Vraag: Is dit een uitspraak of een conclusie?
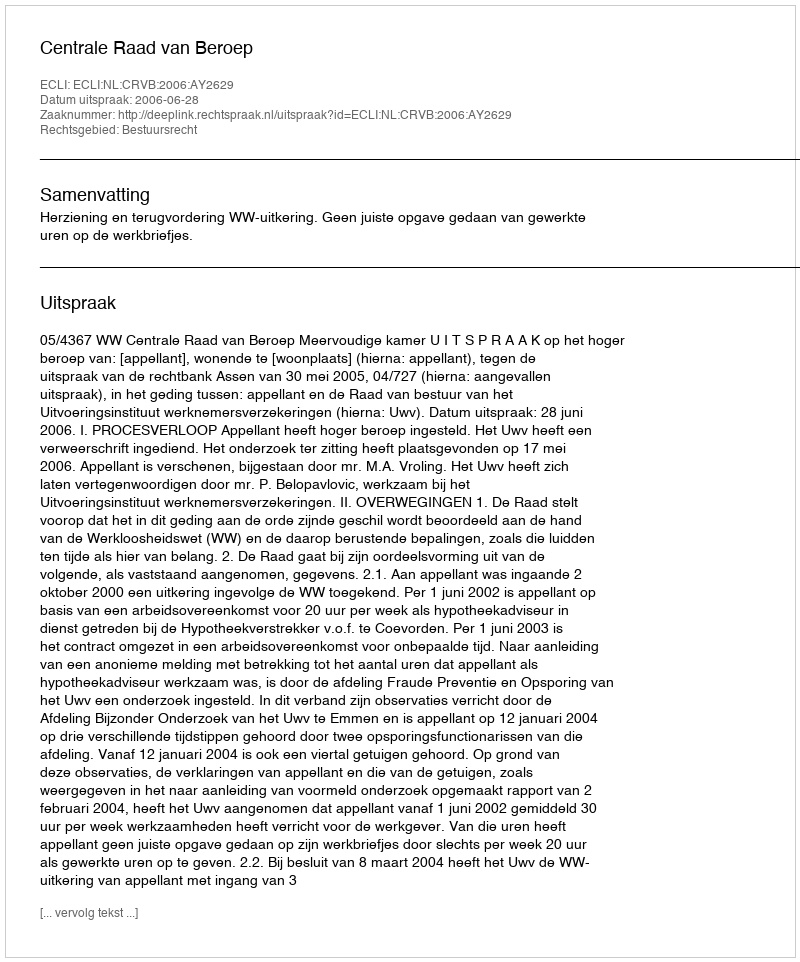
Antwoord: Uitspraak